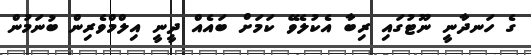
ގެ ހަނދާނީ ނޫޓުގައި ރިބާ އެކުލެވޭ ކަމަށް ބައެއް ދީނީ އިލްމްވެރިން ބުނަމުން